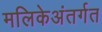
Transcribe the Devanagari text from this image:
मलिकेअंतर्गत